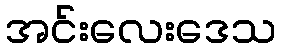
အင်းလေးဒေသ